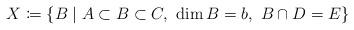
LaTeX: \begin{align*}X \coloneqq \{B\mid A\subset B\subset C,\ \dim B = b,\ B\cap D = E\}\end{align*}